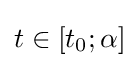
t\in \left[t_{0};\alpha \right]